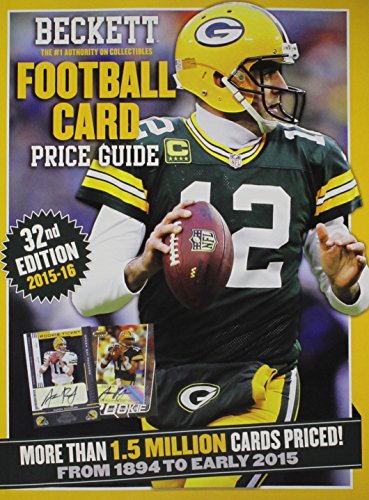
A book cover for Beckett Football Card Price Guide No. 32; Crafts, Hobbies & Home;